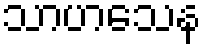
သာဟသေန